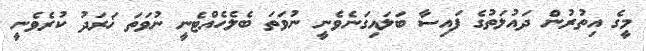
މީގެ އިތުރުން ދައުލަތުގެ ފައިސާ ބަލައިގަނެވެނީ ނުވަތަ ބެލެހެއްޓެނީ ނުވަތަ ޚަރަދު ކުރެވެނީ